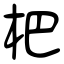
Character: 杷